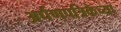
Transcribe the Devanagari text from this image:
अर्पणपत्रिकेच्या